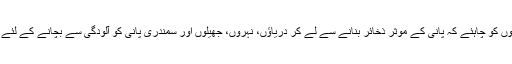
موجودہ حکومتوں کو چاہئے کہ پانی کے موثر ذخائر بنانے سے لے کر دریاؤں، نہروں، جھیلوں اور سمندری پانی کو آلودگی سے بچانے کے لئے اقدامات کرے۔